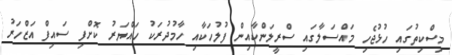
މިސްކިތުގައި ހުޅުޖެހި މައްސަލާގައި ސްރީލަންކާއިން ފުލުހަކާއި ހާމުދުރަކު ހައްޔަރު ކޮށްފި ސައިފް އަޒްހަރު